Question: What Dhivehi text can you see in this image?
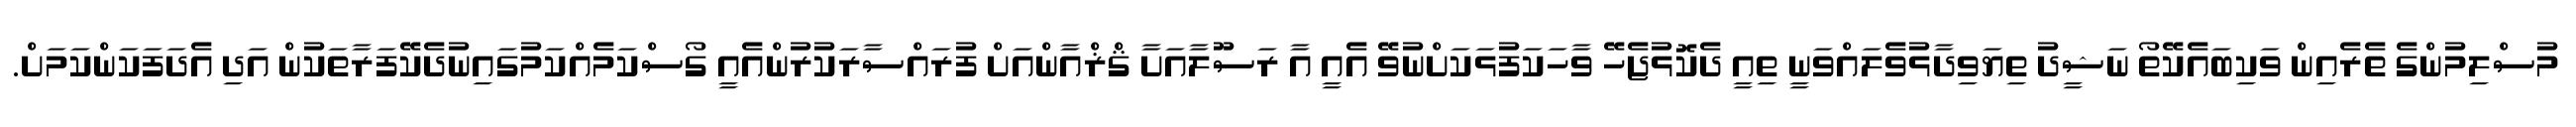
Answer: މުސްލިމުންގެ ތެރެއިން ވަކިބައެކޭތޯ ނަޝީދު ތިޔަވިދާޅުވެލައްވަނީ ތިއީ ދެކޮޅުޖެހޭ ވާހަކަފުޅަކަށްނުވޭ އެއީ އާ ރަސޫލާއަށާ ޤްޜްއާންއަށް ފުރައްސާރަކުރުންއެއީ ގޯސްކަމެއްކަމުގައިނުދެކޭފަރާތަކުން އަދި އެދަފަކަންކަމަށް.